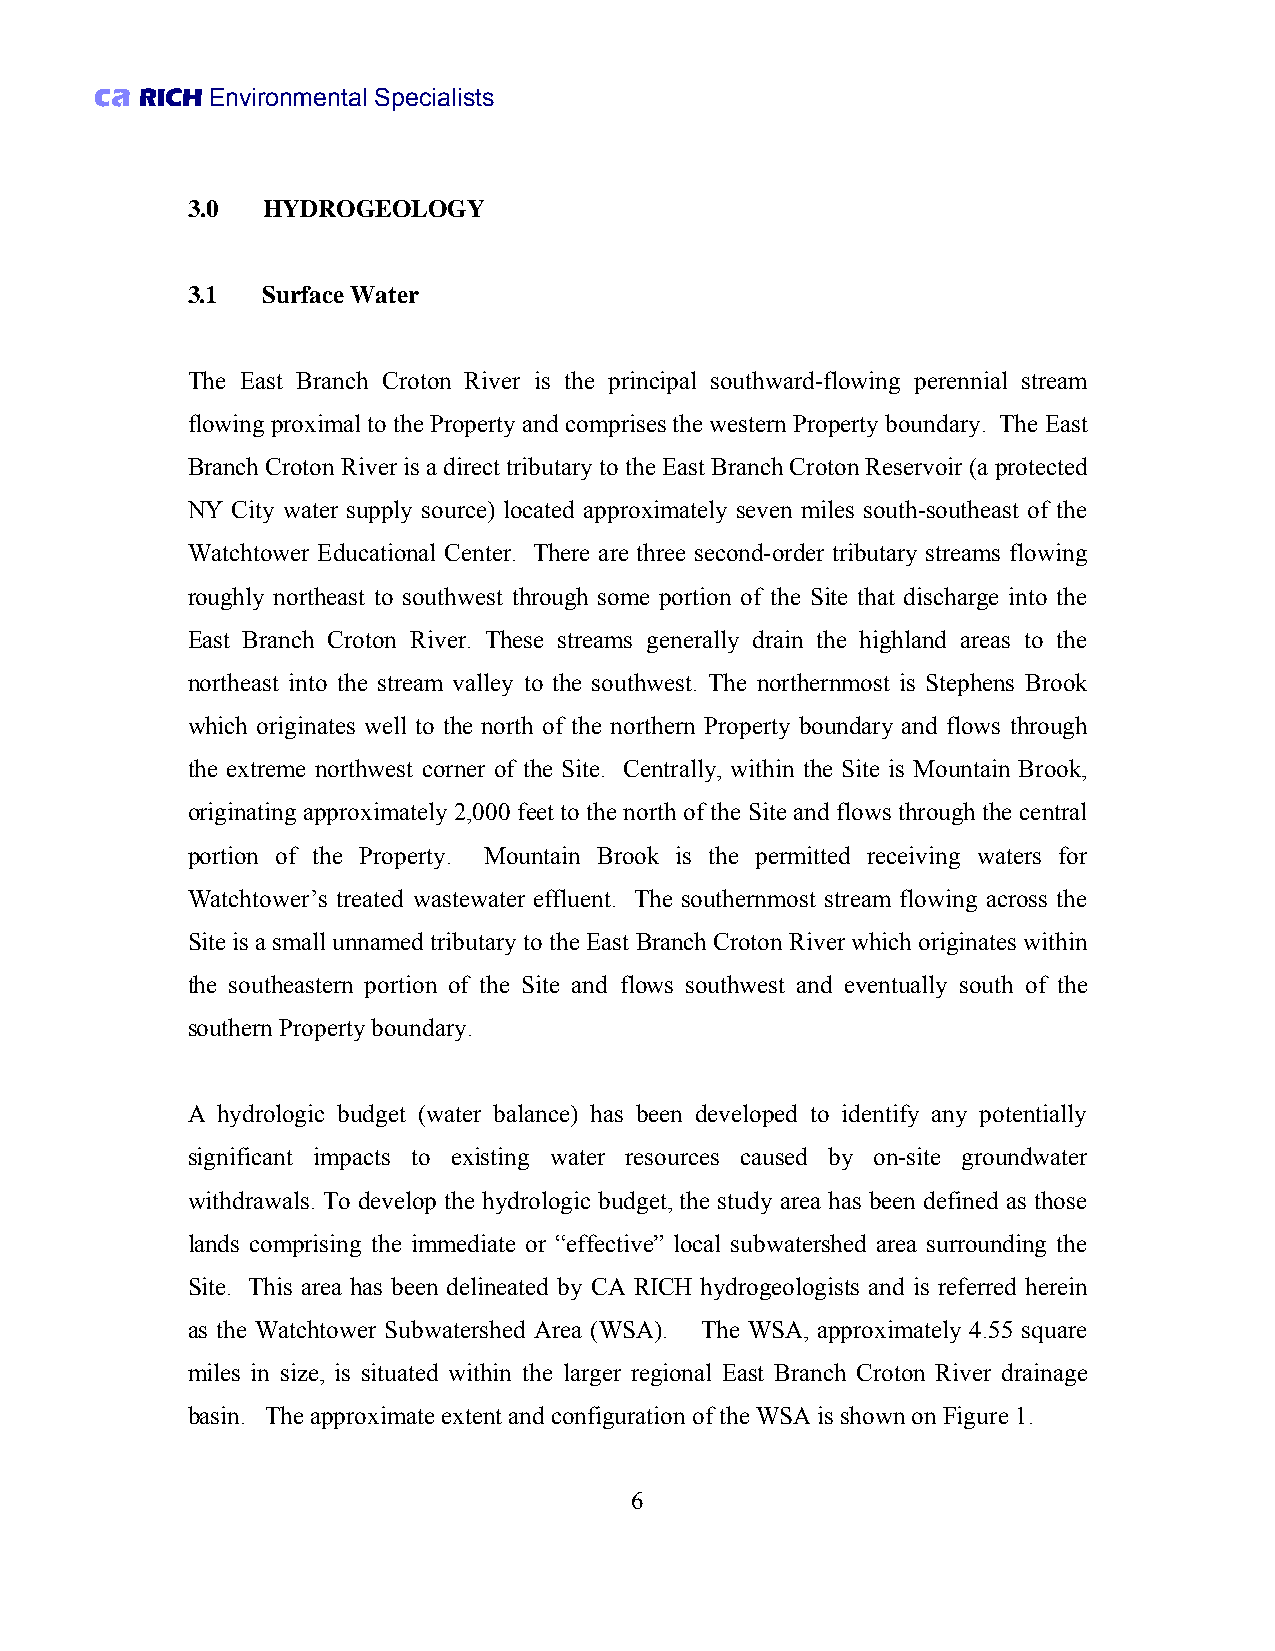
ca RICH Environmental Specialists
 3.0  HYDROGEOLOGY
 3.1  Surface Water
 The East Branch Croton River is the principal southward-flowing perennial stream
 flowing proximal to the Property and comprises the western Property boundary. The East
 Branch Croton River is a direct tributary to the East Branch Croton Reservoir (a protected
 NY City water supply source) located approximately seven miles south-southeast of the
 Watchtower Educational Center. There are three second-order tributary streams flowing
 roughly northeast to southwest through some portion of the Site that discharge into the
 East Branch Croton River. These streams generally drain the highland areas to the
 northeast into the stream valley to the southwest. The northernmost is Stephens Brook
 which originates well to the north of the northern Property boundary and flows through
 the extreme northwest corner of the Site. Centrally, within the Site is Mountain Brook,
 originating approximately 2,000 feet to the north of the Site and flows through the central
 portion of the Property. Mountain Brook is the permitted receiving waters for
 Watchtower’s treated wastewater effluent. The southernmost stream flowing across the
 Site is a small unnamed tributary to the East Branch Croton River which originates within
 the southeastern portion of the Site and flows southwest and eventually south of the
 southern Property boundary.
 A hydrologic budget (water balance) has been developed to identify any potentially
 significant impacts to existing water resources caused by on-site groundwater
 withdrawals. To develop the hydrologic budget, the study area has been defined as those
 lands comprising the immediate or “effective” local subwatershed area surrounding the
 Site. This area has been delineated by CA RICH hydrogeologists and is referred herein
 as the Watchtower Subwatershed Area (WSA). The WSA, approximately 4.55 square
 miles in size, is situated within the larger regional East Branch Croton River drainage
 basin. The approximate extent and configuration of the WSA is shown on Figure 1.
 6